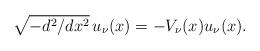
LaTeX: \begin{align*} \sqrt{-d^2/dx^2} \, u_\nu(x) = -V_\nu(x)u_\nu(x).\end{align*}